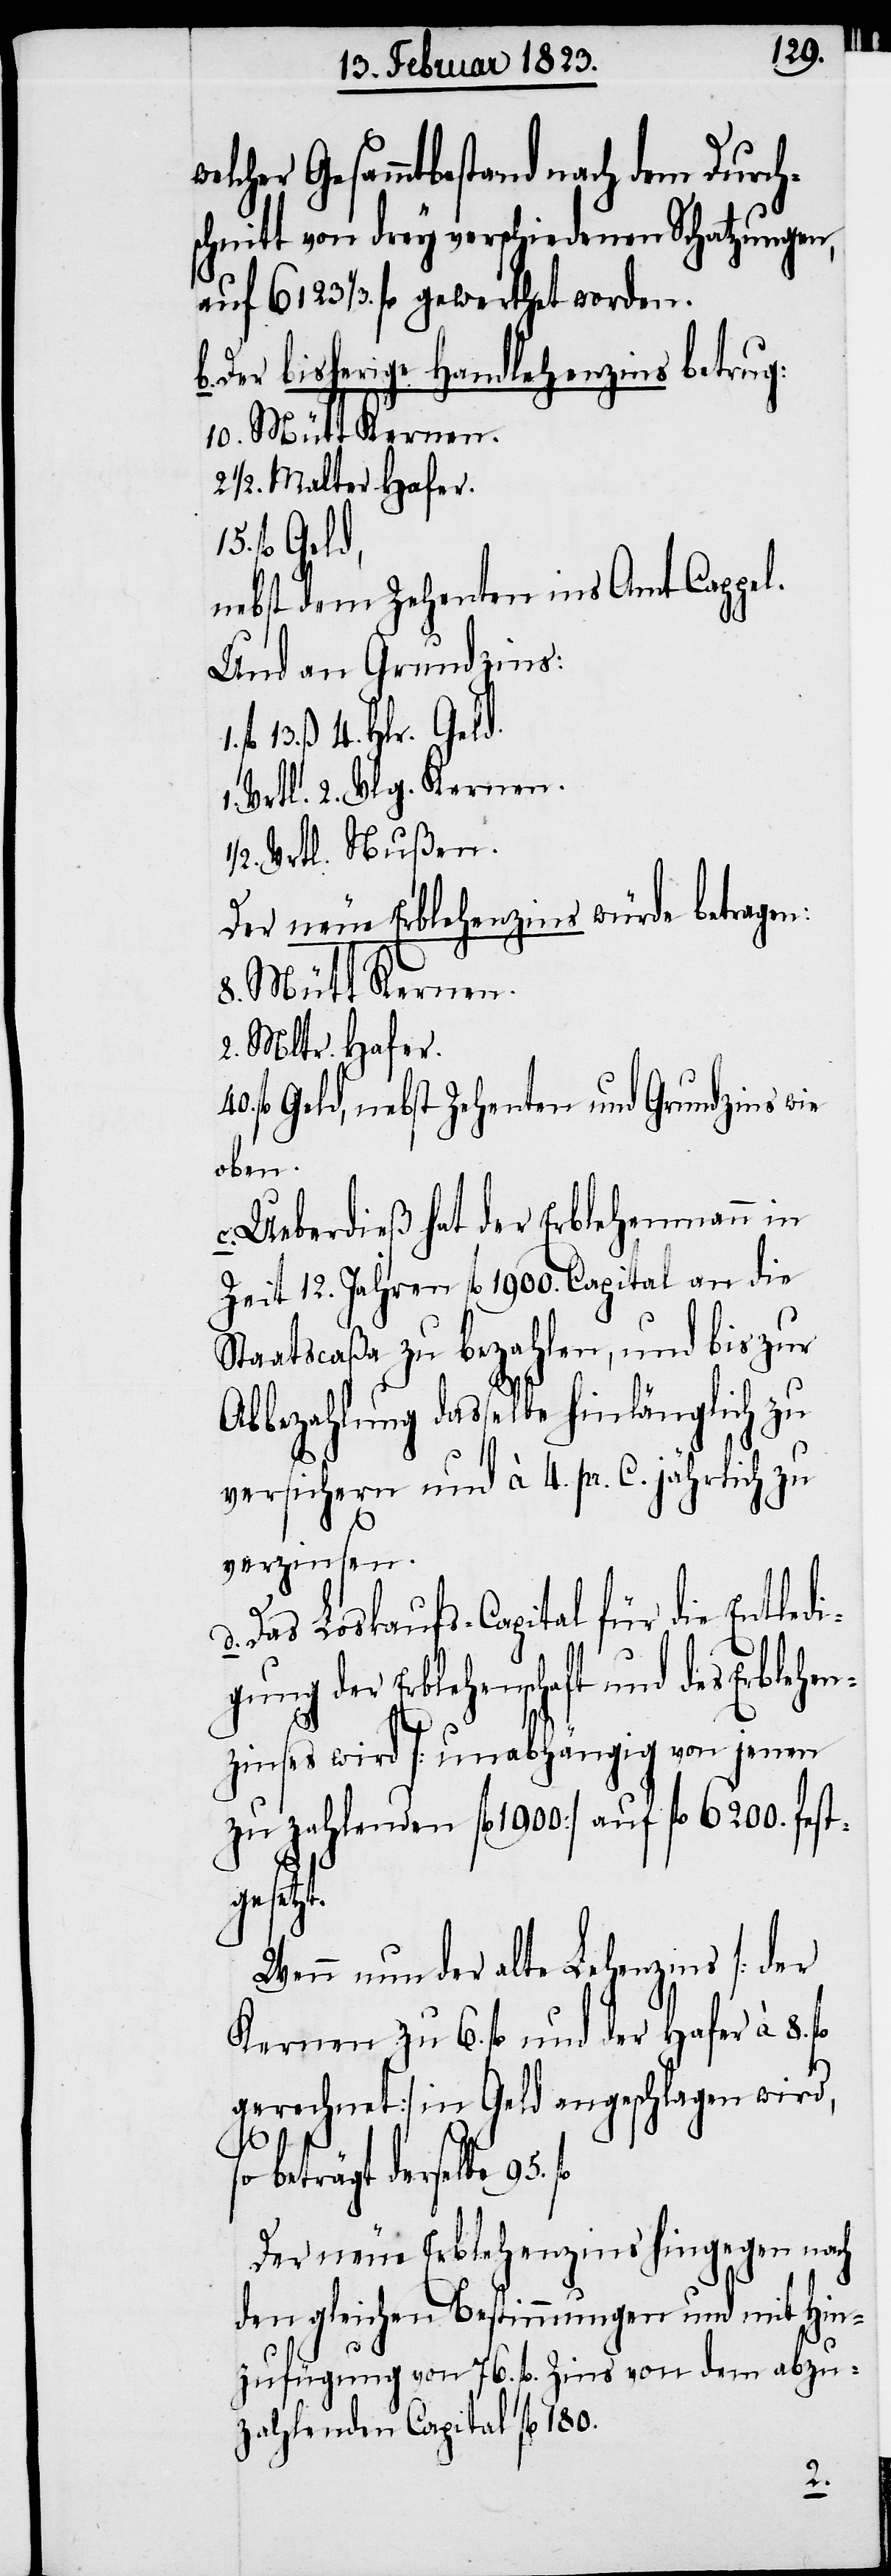
er Gesammtbestand nach dem Durch¬
schnitt von drey verschiedenen Schatzungen,
auf 6123 1/3. fl. gewerthet worden.
Der bisherige Handlehenzins betrug:
10. Mütt Kernen.
1/2. Malter Hafer.
1/2. Vrtl.
nebst dem Zehnten ins Amt Cappel.
Und an Grundzins:
Der neue Erblehenzins würde betragen:
8. Mütt Kernen.
2. Mltr. Hafer.
fl. Geld, nebst Zehenten und Grundzins wie
oben.
Ueberdieß hat der Erblehenmann in
Zeit 12. Jahren fl. 1900. Capital an die
Staatscaßa zu bezahlen, und bis zur
Abbezahlung dasselbe hinlänglich zu
versichern und à 4. pr. C. jährlich zu
95.
verzinsen.
Das Loskaufs-Capital für die Entled¬
zinses wird [unabhängig von jenen
zu zahlenden fl. 1900] auf fl. 6200. fest¬
geset¬
Wenn nun der alte Lehenzins [der
Kernen zu 6. fl. und der Hafer à 8.
gerechnet] in Geld angeschlagen wird,
beträgt derselbe
Der neue Erblehenzins hingegen nach
den gleichen Bestimmungen und mit Hin¬
zufügung von 76. fl. Zins von dem abzu¬
zahlenden Capital fl. 180.
zt.